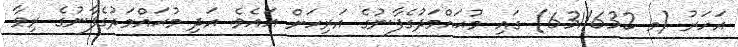
އަހަރު (މ 631/632) ގައި މުޙައްމަދުގެފާނުގެ އަރިހަށް އައެވެ. އަދި މުޙައްމަދުގެފާނުގެ ރިވާ